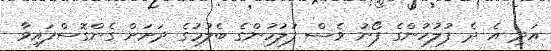
އަދި އެ ދެ ފުލުހުންގެ ފޯނު ވެސް ފުލުހުންގެ ބެލުމުގެ ދަށަށް ގެންގޮސްފައިވާ